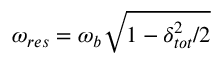
\omega _ { r e s } = \omega _ { b } \sqrt { 1 - \delta _ { t o t } ^ { 2 } / 2 }